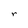
Character: r